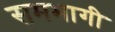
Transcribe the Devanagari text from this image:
समभागी